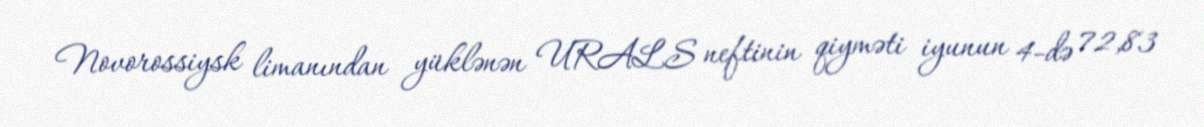
Novorossiysk limanından yüklənən URALS neftinin qiyməti iyunun 4-də 72,83